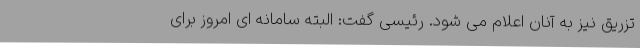
تزریق نیز به آنان اعلام می شود. رئیسی گفت: البته سامانه ای امروز برای